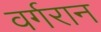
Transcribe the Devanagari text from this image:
वर्गरान